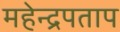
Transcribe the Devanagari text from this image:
महेन्द्रपताप